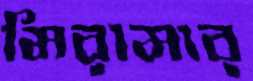
মিরামার